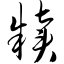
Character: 犊